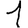
Digit: 1